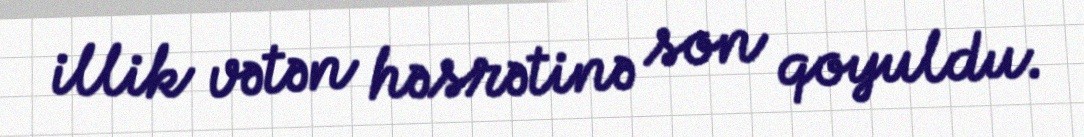
illik vətən həsrətinə son qoyuldu.